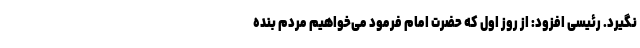
نگیرد. رئیسی افزود: از روز اول که حضرت امام فرمود می‌خواهیم مردم بنده